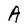
Character: A